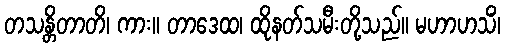
တသန္တိတာတိ၊ ကား။ တာဒေထ၊ ထိုနတ်သမီးတို့သည်။ မဟာဟသိံ၊